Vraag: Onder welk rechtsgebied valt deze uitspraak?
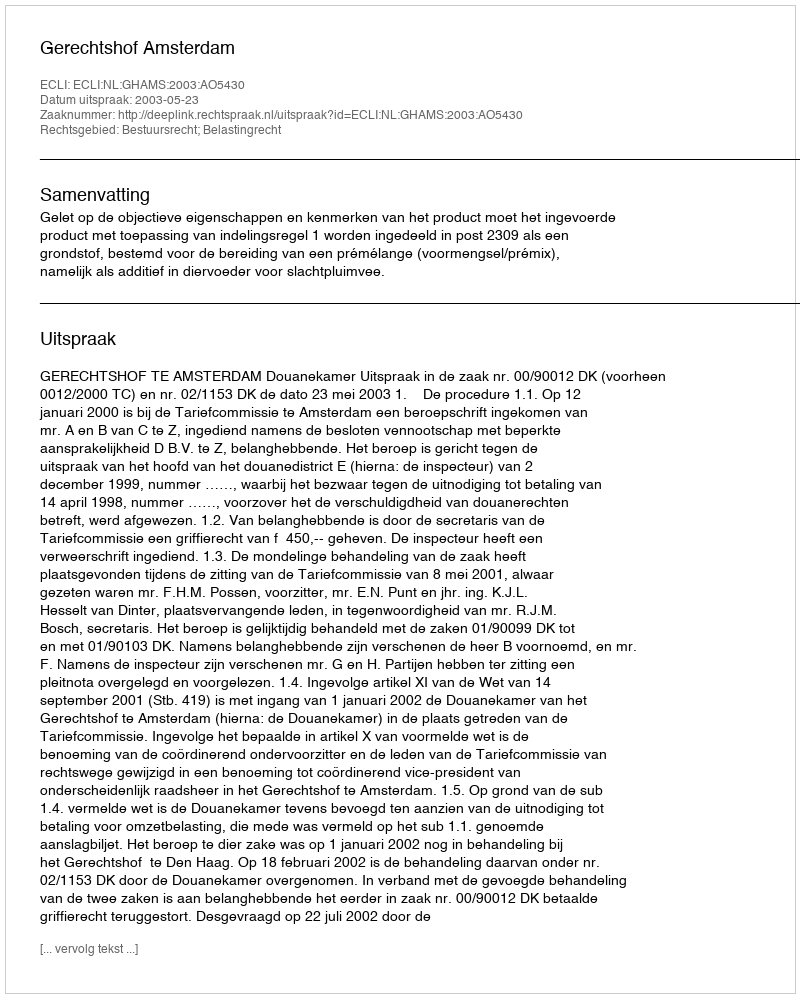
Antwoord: Bestuursrecht; Belastingrecht